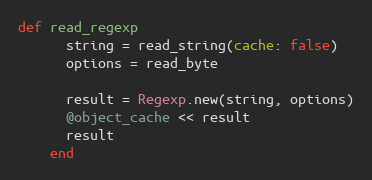
Language: Ruby
def read_regexp
      string = read_string(cache: false)
      options = read_byte

      result = Regexp.new(string, options)
      @object_cache << result
      result
    end